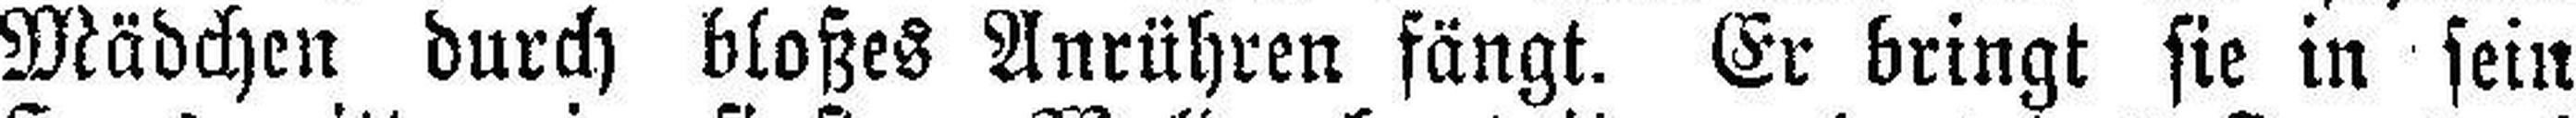
Mädchen durch bloßes Anrühren fängt. Er bringt sie in sein